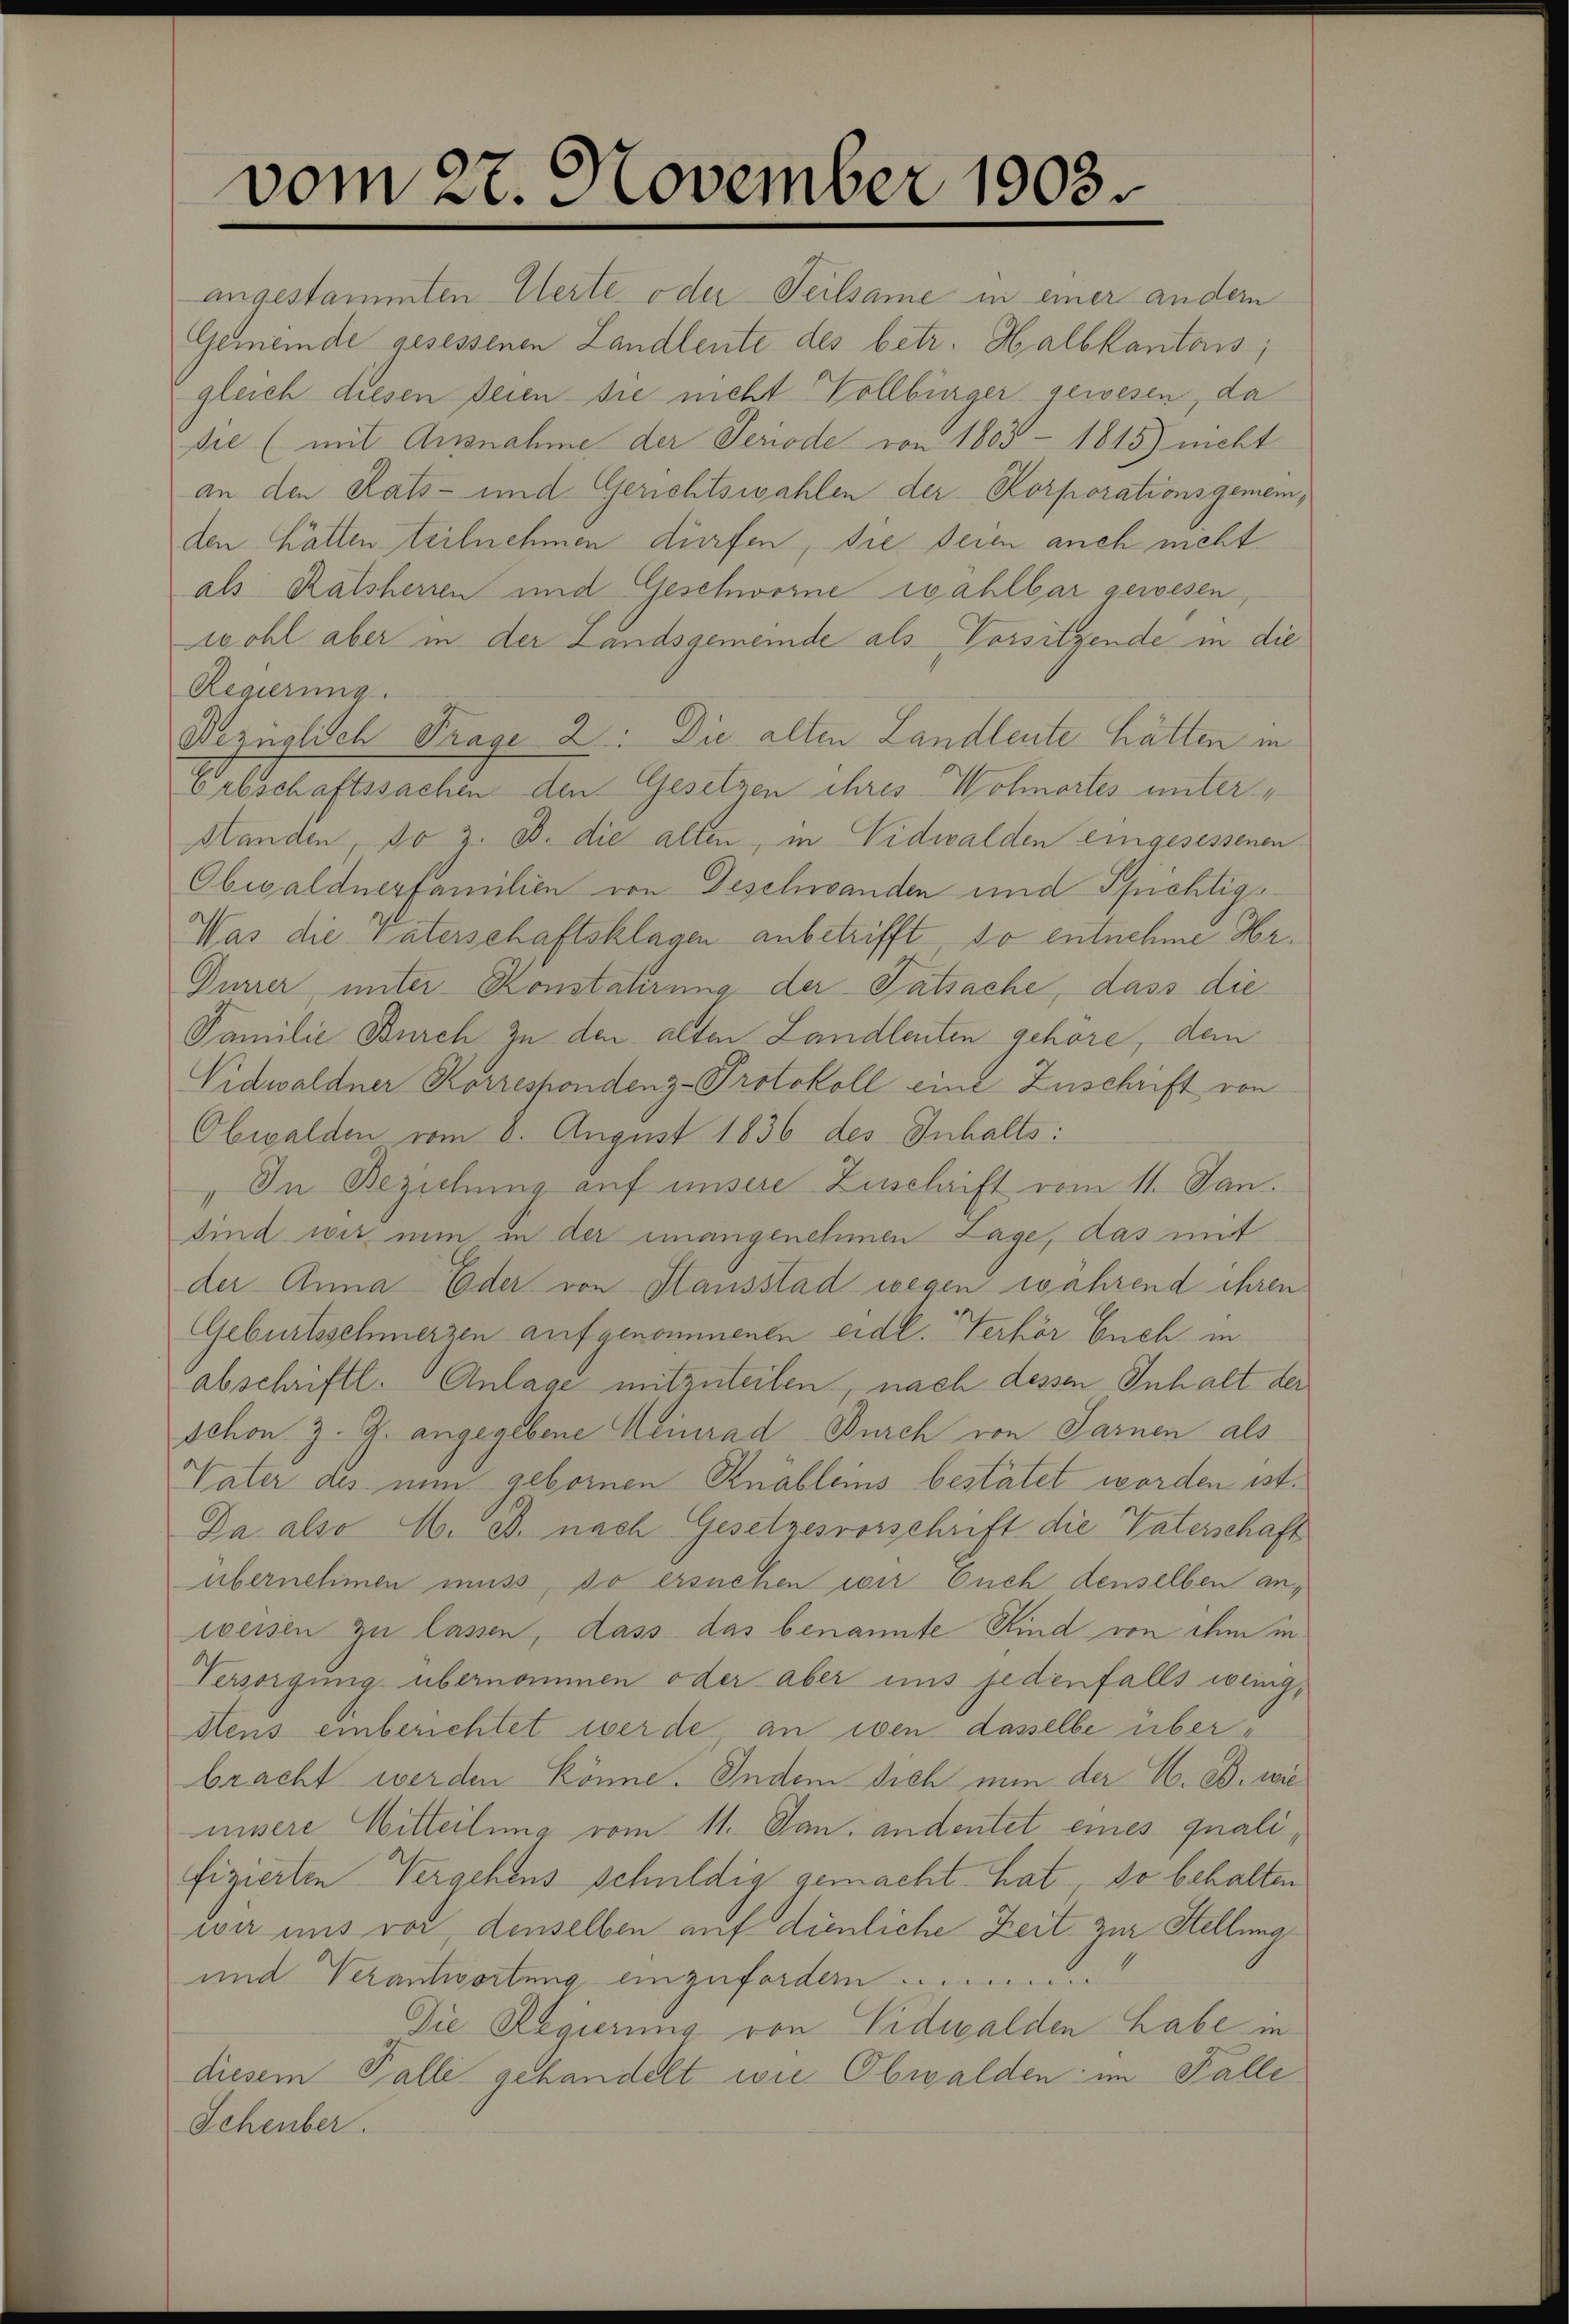
vom 27. November 1903.

angestammten Uerte oder Teilsame in einer andern
Gemeinde gesessenen Landleute des betr. Halbkantons;
gleich diesen seien sie nicht Vollbürger gewesen, da
sie (mit Ausnahme der Periode von 1803 - 1815) nicht
an den Rats- und Gerichtswahlen der Korporationsgemeinden hätten teilnehmen dürfen, die seien auch nicht
als Ratsherren und Geschworne wahlbar gewesen,
wohl aber in der Landsgemeinde als Vorsitzende in die
Regierung
Vernalisch Frage 2: Die alten Landleute hätten in
orbschaftssachen den Gesetzen ihres Wohnortes unter¬
Manden, so z. B. die alten, in Nidwalden eingesessenen
Obwaldnerfamilien von Geschwanden und Spichtigs
Was die Vaterschaftsklagen anbetrifft so entnehme Hr.
Durrer, unter Konstatirung der Tatsache, dass die
Familie Burch zu den alten Landleuten gehöre, dem
Vidwaldner Korrespondenz-Protokoll eine Zuschrift von
Obwalden vom 8. August 1836 des Inhalts:
„In Beziehung auf unsere Zuschrift vom 11. Jan.
sind wir nun in der unangenehmen Lage, das mit
der Anna Eder von Hausstad wegen während ihren
Geburtsschmerzen aufgenommenen eidl. Verhör Euch in
abschriftl. Anlage mitzuteilen, nach dessen Inhalt der
schon z. G. angegebene Meinrad Durch von Sarnen als
Vater des nun gebornen Knäbleins bestätet worden ist.
Da also M. B. nach Gesetzesvorschrift die Vaterschaft
übernehmen muss, so ersuchen wir Euch denselben anweisen zu lassen, dass das benannte Kind von ihm in
Versorgung übernommen oder aber uns jedenfalls wenig,
Hens einberichtet werde, an eben dasselbe überbracht werden könne. Indem sich nun der A. B. wie
unsere Mitteilung vom 11. Jan. andertet eines qualifizierten Vergehens schuldig gemacht hat, so behalten
wir uns vor, denselben auf dienliche Zeit zur Stellung
und Verantwortung einzufordern ..........
Die Regierung von Nidwalden Labe in
diesem Falle gehandelt wie Obwalden im Falle
Schenber